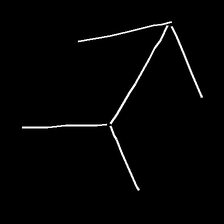
Glyph: gather